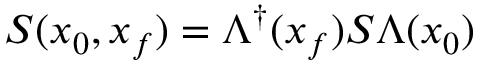
S ( x _ { 0 } , x _ { f } ) = \Lambda ^ { \dagger } ( x _ { f } ) S \Lambda ( x _ { 0 } )